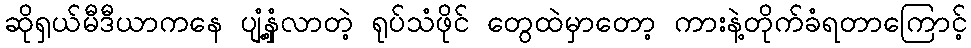
ဆိုရှယ်မီဒီယာကနေ ပျံ့နှံ့လာတဲ့ ရုပ်သံဖိုင် တွေထဲမှာတော့ ကားနဲ့တိုက်ခံရတာကြောင့်